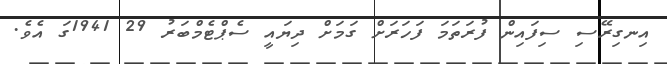
އިނގިރޭސި ސިފައިން ފުރަތަމަ ފަހަރަށް ގަމަށް ދިޔައީ ސެޕްޓެމްބަރު 29 1941ގަ އެވެ.